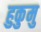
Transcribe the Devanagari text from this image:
हुकुमु